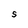
Character: S